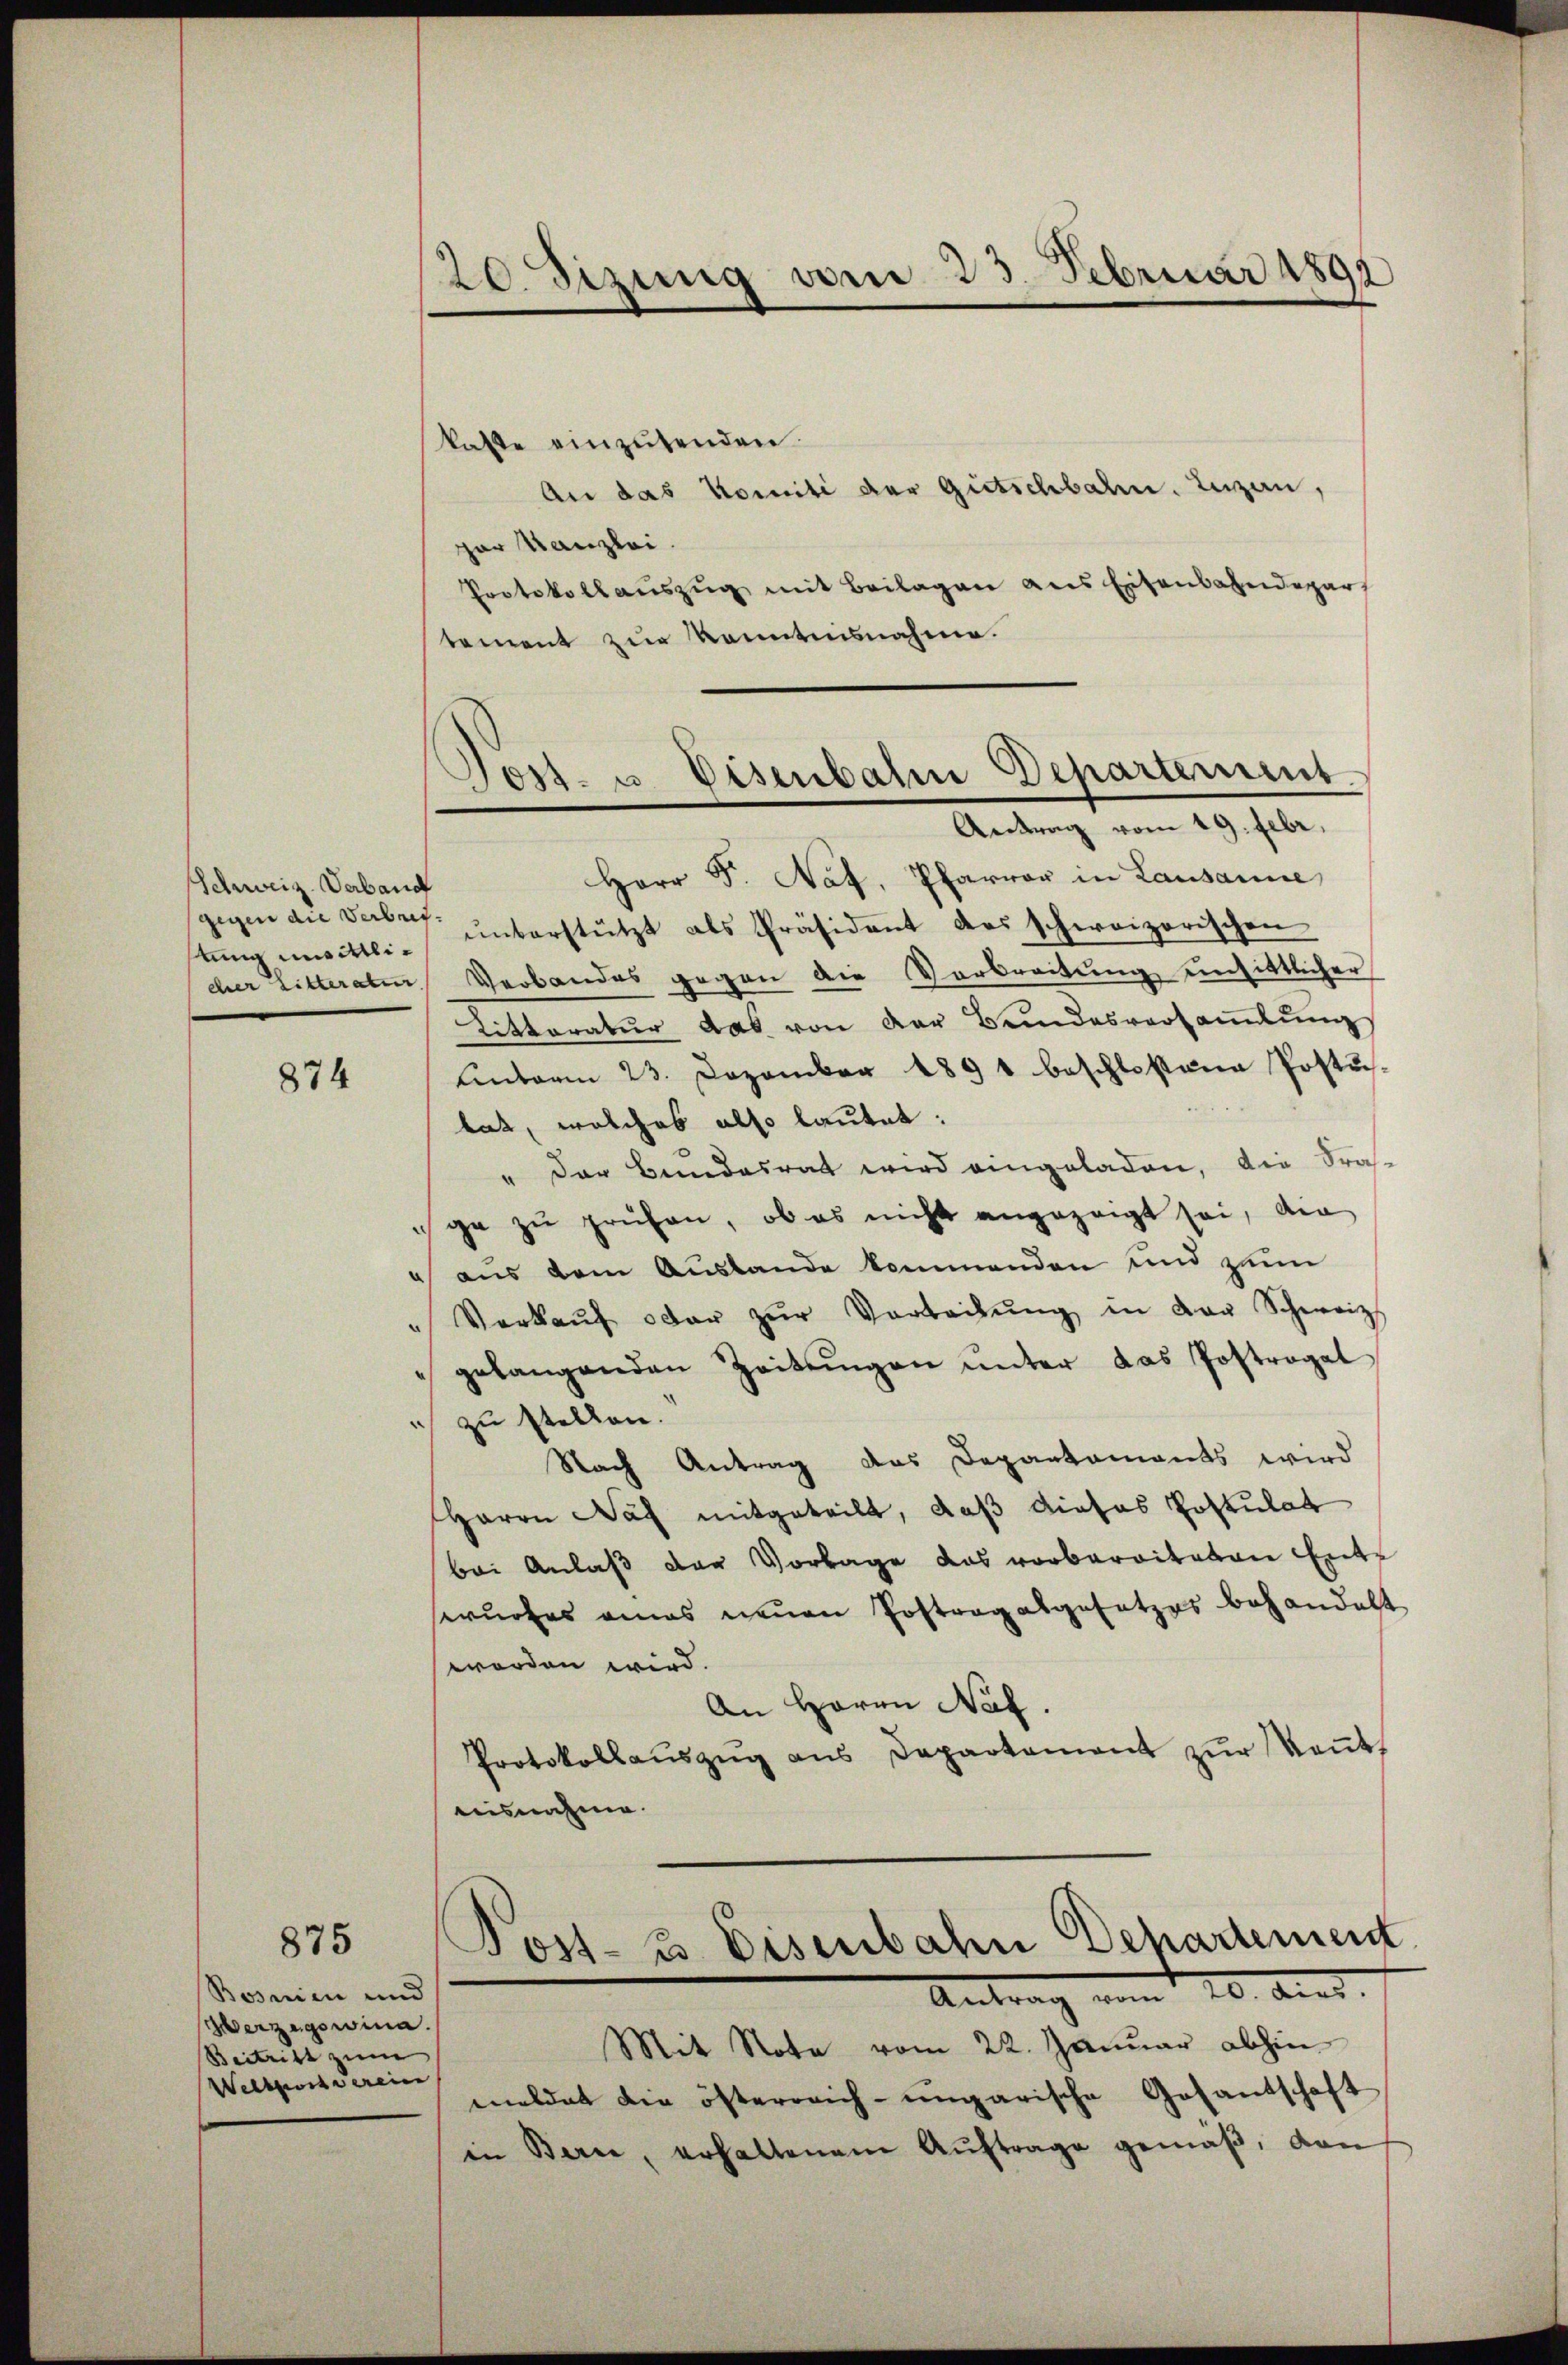
Schweiz. Verband
gegen die Verbret¬

874

875

Bosnien und
Verzegowina.
Beitritt zum
Welsprossverein

20. Sitzung vom 23. Februar 1892

kaste einzusenden.
An das Komiti der Gietschbalen. Luzern,
par Kanzlei.
Protokollauszug mit Beilagen aus Eisenbahndepar
tement zur Kenntnisnahme.
Herr F. Nat. Pfarrer in Lausanne
tŭng mittei- unterstützt als Präsident das schweizerischen
cher Litteratur Verbandes gegen die Verbreitung einsittlicher
Litteratur das von der Bundesversaṁlŭng
Unterm 23. Dezember 1891 beschlossene Postu-
tat, welches also lautet:
" der Bundesrat wird eingeladen, die Fras-
ge zu prüfen, ob es nicht angezeigt sei, die
 aus dem Auslande kommenden und zum
" Verkaŭf oder zŭr Vorbeitŭng in der Schweiz.
gelangenden Zeitŭngen unter das Postrogat
c zu stellen.
Nach Antrag das Departaments wird
HHerrn Das mitgeteilt, daß dieses Postulat
bei Anlaß der Vorlage das verbaritaten Ents
wurfes eines neuen Postrag abgesetzes behandelt.
worden wird.
An Herrn Nat.
Protokollaŭszŭg ans Departement zŭr Keṅt
aisnahme.

Tost- u Eisenbahn Departement
Antrag vom 19. Febr.

Post- & Eisenbahn Departement
Antrag vom 20. Art.

Mit Nota vom 22. Januar abhin
meldet die österreich-ungarische Gesantschaft
in Bern, erhaltenen Aŭftrage gemäß, von